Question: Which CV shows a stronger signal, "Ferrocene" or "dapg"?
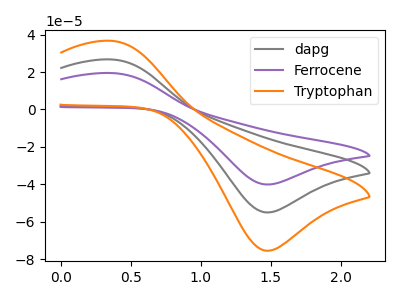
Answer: <think>The gray curve "dapg" has an anodic peak at (0.35V, 26.65uA) and a cathodic peak at (1.45V, -54.95uA). The purple curve "Ferrocene" has an anodic peak at (0.35V, 19.45uA) and a cathodic peak at (1.45V, -40.05uA). The orange curve "Tryptophan" has an anodic peak at (0.35V, 53.35uA) and a cathodic peak at (1.45V, -109.90uA).
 All the peaks in "Ferrocene" have a peak in "dapg" at the same potential. Every peak in "Ferrocene" is lower than every peak in "dapg".</think>
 <answer>"Ferrocene" has less signal than "dapg".</answer>
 <eval>less_signal</eval>